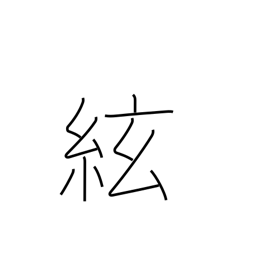
Meaning: string